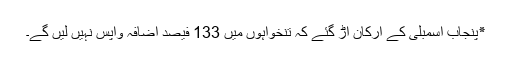
٭پنجاب اسمبلی کے ارکان اڑ گئے کہ تنخواہوں میں 133 فیصد اضافہ واپس نہیں لیں گے۔